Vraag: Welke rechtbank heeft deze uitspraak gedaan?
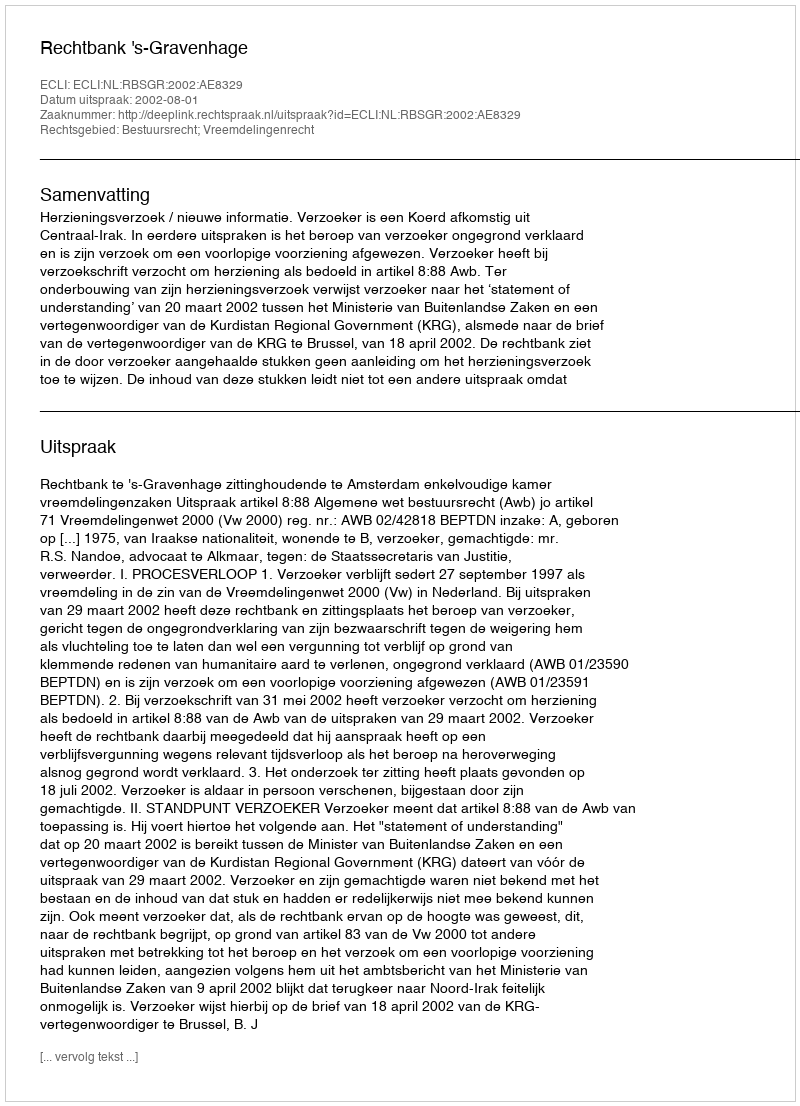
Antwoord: Rechtbank 's-Gravenhage